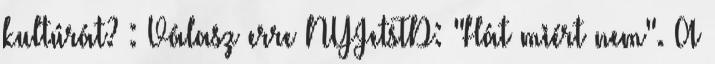
kultúrát? : Válasz erre NYJetsTD: "Hát miért nem". A